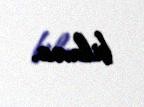
bilməz.